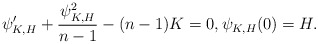
\begin{align*}\psi_{K,H}' +\frac{\psi_{K,H}^2}{n-1}-(n-1)K=0,\psi_{K,H}(0)=H.\end{align*}